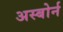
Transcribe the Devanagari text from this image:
अस्बोर्न